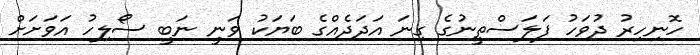
ހޮނިހިރު ދުވަހު ފަލަސްތީނުގެ ގިނަ އަދަދެެއްގެ ބަޔަކު ވަނީ ނަބީ ސޯލިހު އަވަށަށް